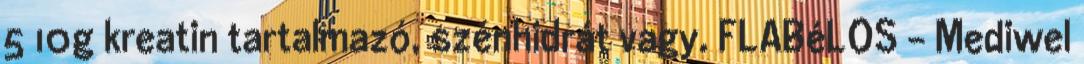
5 10g kreatin tartalmazó, szénhidrát vagy. FLABéLOS - Mediwel